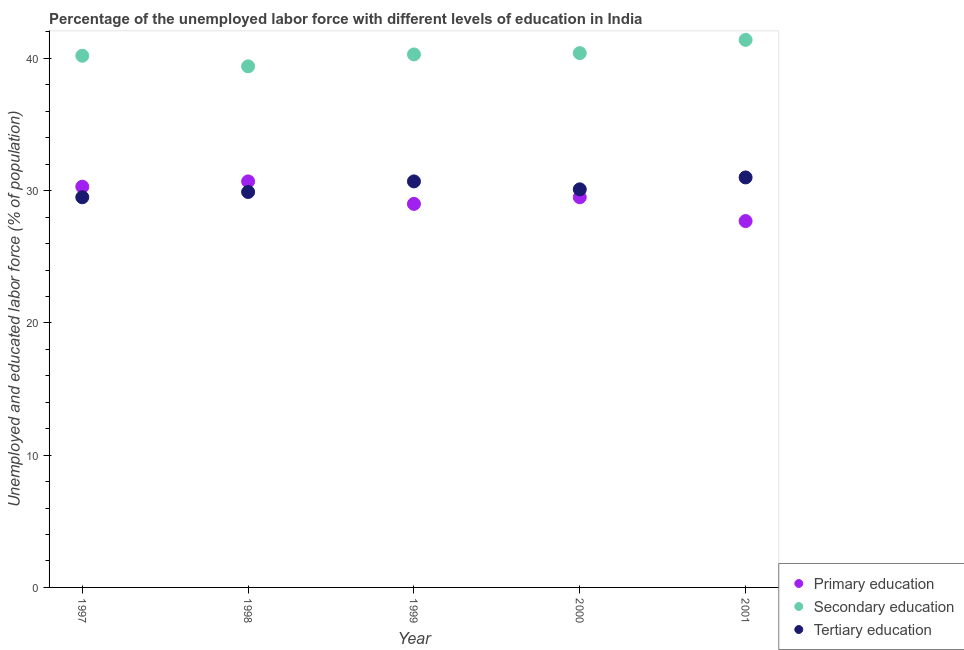
| Year | Primary education | Secondary education | Tertiary education |
 | --- | --- | --- | --- |
 | 1997 | 30.3 | 40.2 | 29.5 |
 | 1998 | 30.7 | 39.4 | 29.9 |
 | 1999 | 29 | 40.3 | 30.7 |
 | 2000 | 29.5 | 40.4 | 30.1 |
 | 2001 | 27.7 | 41.4 | 31 |